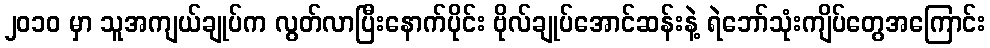
၂၀၁၀ မှာ သူအကျယ်ချုပ်က လွတ်လာပြီးနောက်ပိုင်း ဗိုလ်ချုပ်အောင်ဆန်းနဲ့ ရဲဘော်သုံးကျိပ်တွေအကြောင်း